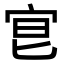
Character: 𡧮